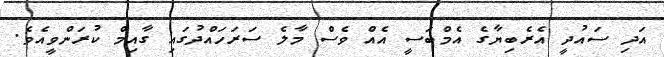
އަދި ސައުދީ އެރެބިޔާގެ އެމްބަސީ އެއް ވެސް މާލެ ސަރަހައްދުގައި ގާއިމް ކުރަންވީއެވެ.